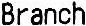
BRANCH